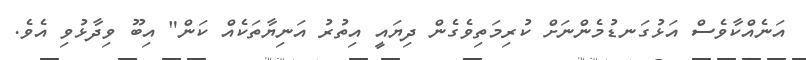
އަނެއްކާވެސް އަޅުގަނޑުމެންނަށް ކުރިމަތިވެގެން ދިޔައީ އިތުރު އަނިޔާތަކެއް ކަން" އިބޫ ވިދާޅުވި އެވެ.